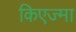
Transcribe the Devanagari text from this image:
किएज्मा